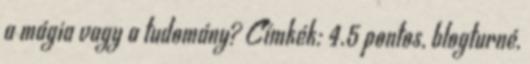
a mágia vagy a tudomány? Címkék: 4.5 pontos, blogturné,